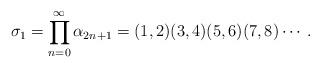
LaTeX: \begin{align*}\sigma_1 = \prod_{n=0}^{\infty} \alpha_{2n+1} = (1,2)(3,4)(5,6)(7,8)\cdots.\end{align*}